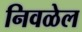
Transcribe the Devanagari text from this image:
निवळेल